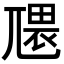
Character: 𭕑